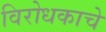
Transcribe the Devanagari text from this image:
विरोधकाचे